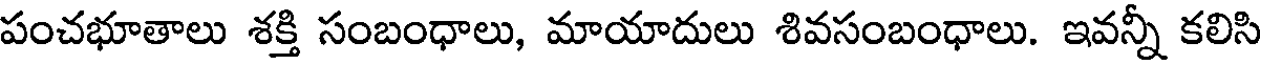
పంచభూతాలు శక్తి సంబంధాలు, మాయాదులు శివసంబంధాలు. ఇవన్నీ కలిసి